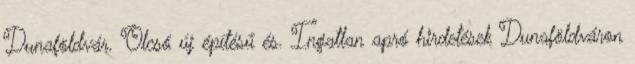
Dunaföldvár. Olcsó új építésű és. Ingatlan apró hirdetések Dunaföldváron